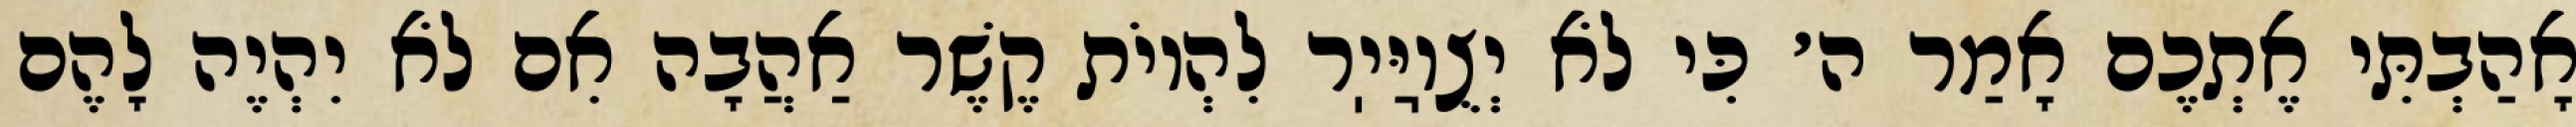
אָהַבְתִּי אֶתְכֶם אָמַר ה׳ כִּי לֹא יְצֻוֽיַּיֽר לִהְיוֹת קֶשֶׁר אַהֲבָה אִם לֹא יִהְיֶה לָהֶם